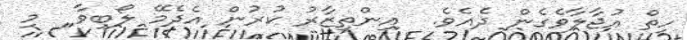
ހިތް އުޖާލާވެގެން ދެއެވެ.  އިންތިޒާރު ކުރުން އެދެމޭ ލޯބިވާ  މި